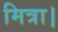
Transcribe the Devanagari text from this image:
मित्रा।